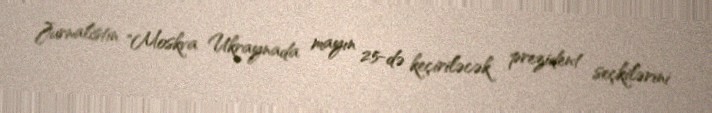
Jurnalistin "Moskva Ukraynada mayın 25-də keçiriləcək prezident seçkilərini